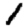
Digit: 1